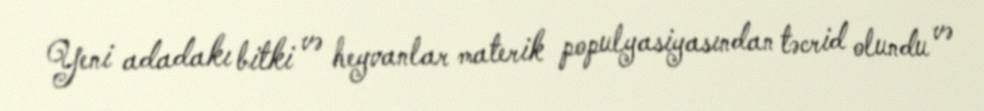
Yeni adadakı bitki və heyvanlar materik populyasiyasından təcrid olundu və